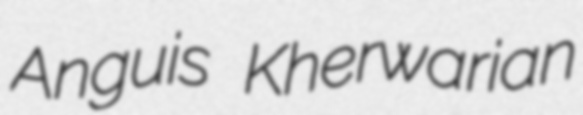
Anguis Kherwarian